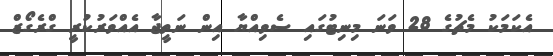
އެކަމަކު މެޗުގެ 28 ވަނަ މިނިޓުގައި ސެވިއްޔާ އިން ނަތީޖާ އެއްވަރުކުރީ ގްރެގޯޒް